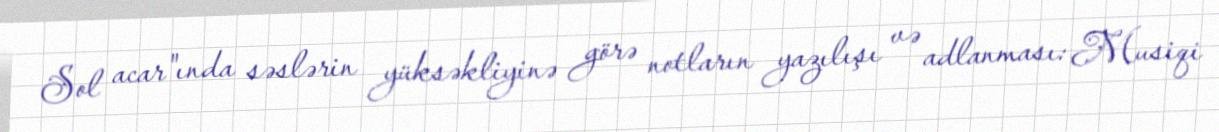
Sol acar"ında səslərin yüksəkliyinə görə notların yazılışı və adlanması: Musiqi